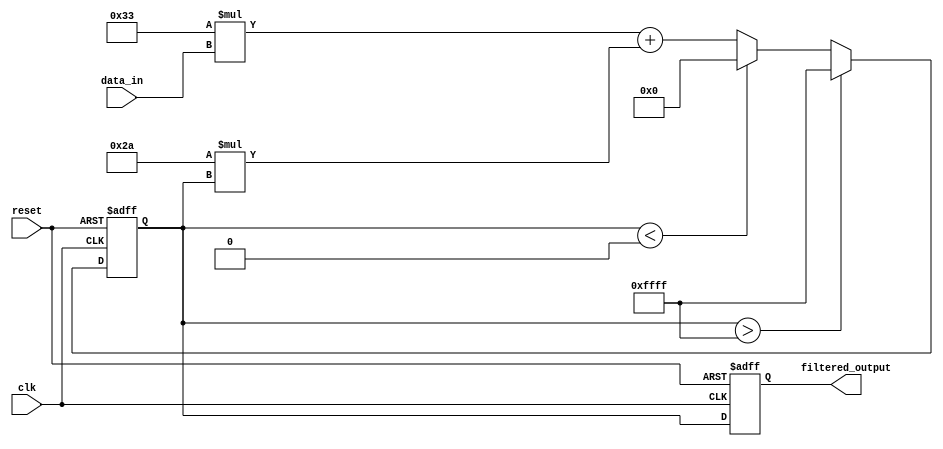
module iir_filter_accumulator (
    input wire clk,
    input wire reset,
    input wire [7:0] data_in,
    output reg [15:0] filtered_output
);

// Define filter coefficients
parameter [7:0] coeff_a = 8'b00110011; // Example coefficient value
parameter [7:0] coeff_b = 8'b00101010; // Example coefficient value

reg [15:0] accumulator; // Accumulator to store filtered output

always @(posedge clk or posedge reset) begin
    if (reset) begin
        accumulator <= 16'b0;
        filtered_output <= 16'b0;
    end else begin
        // Perform filter operation
        accumulator <= (coeff_a * data_in) + (coeff_b * accumulator); // Perform addition and multiplication
        // Limit output to desired range to handle overflow
        if (accumulator > 16'b1111111111111111) begin
            accumulator <= 16'b1111111111111111;
        end else if (accumulator < 16'b0000000000000000) begin
            accumulator <= 16'b0000000000000000;
        end
        filtered_output <= accumulator;
    end
end

endmodule